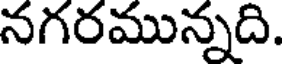
నగరమున్నది.